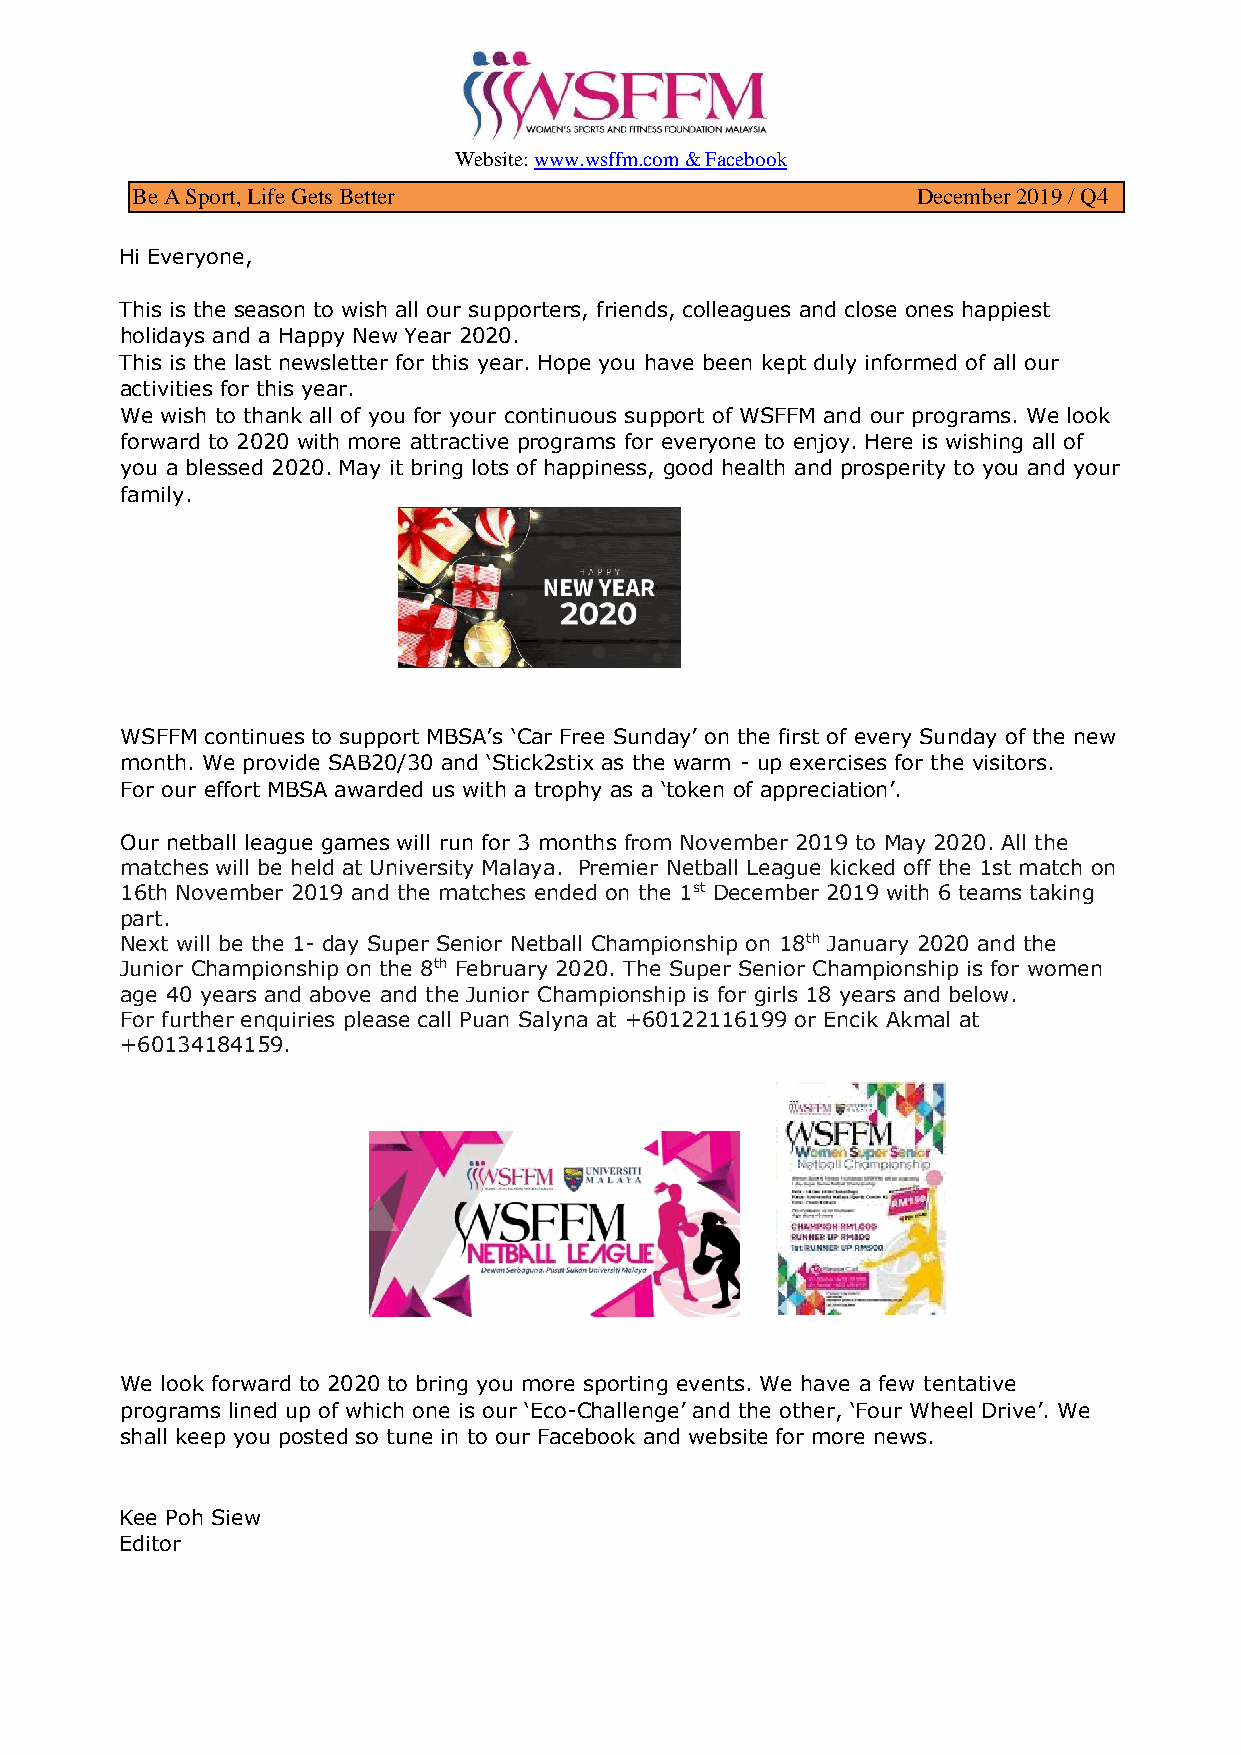
Website: www.wsffm.com & Facebook
 Be A Sport, Life Gets Better                        December 2019 / Q4
 Hi Everyone,
 This is the season to wish all our supporters, friends, colleagues and close ones happiest
 holidays and a Happy New Year 2020.
 This is the last newsletter for this year. Hope you have been kept duly informed of all our
 activities for this year.
 We wish to thank all of you for your continuous support of WSFFM and our programs. We look
 forward to 2020 with more attractive programs for everyone to enjoy. Here is wishing all of
 you a blessed 2020. May it bring lots of happiness, good health and prosperity to you and your
 family.
 WSFFM continues to support MBSA’s ‘Car Free Sunday’ on the first of every Sunday of the new
 month. We provide SAB20/30 and ‘Stick2stix as the warm - up exercises for the visitors.
 For our effort MBSA awarded us with a trophy as a ‘token of appreciation’.
 Our netball league games will run for 3 months from November 2019 to May 2020. All the
 matches will be held at University Malaya. Premier Netball League kicked off the 1st match on
 16th November 2019 and the matches ended on the 1st December 2019 with 6 teams taking
 part.
 Next will be the 1- day Super Senior Netball Championship on 18th January 2020 and the
 Junior Championship on the 8th February 2020. The Super Senior Championship is for women
 age 40 years and above and the Junior Championship is for girls 18 years and below.
 For further enquiries please call Puan Salyna at +60122116199 or Encik Akmal at
 +60134184159.
 We look forward to 2020 to bring you more sporting events. We have a few tentative
 programs lined up of which one is our ‘Eco-Challenge’ and the other, ‘Four Wheel Drive’. We
 shall keep you posted so tune in to our Facebook and website for more news.
 Kee Poh Siew
 Editor